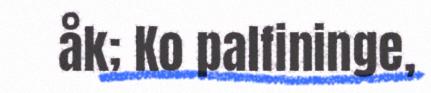
åk; Ko palfininge,